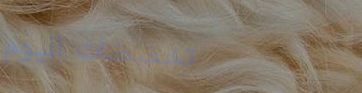
تخفيضات اليوم